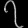
Digit: ၇